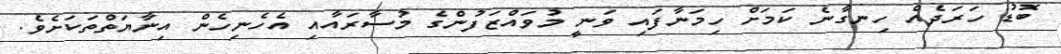
ބޮޑު ހަރަދެއް ހިނގާނެ ކަމަށް ހިމަނާފައި ވަނީ މުވައްޒަފުންގެ މުސާރައާއި އެހެނިހެން އިނާޔަތްތަކަށެވެ.